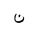
Letter: _non